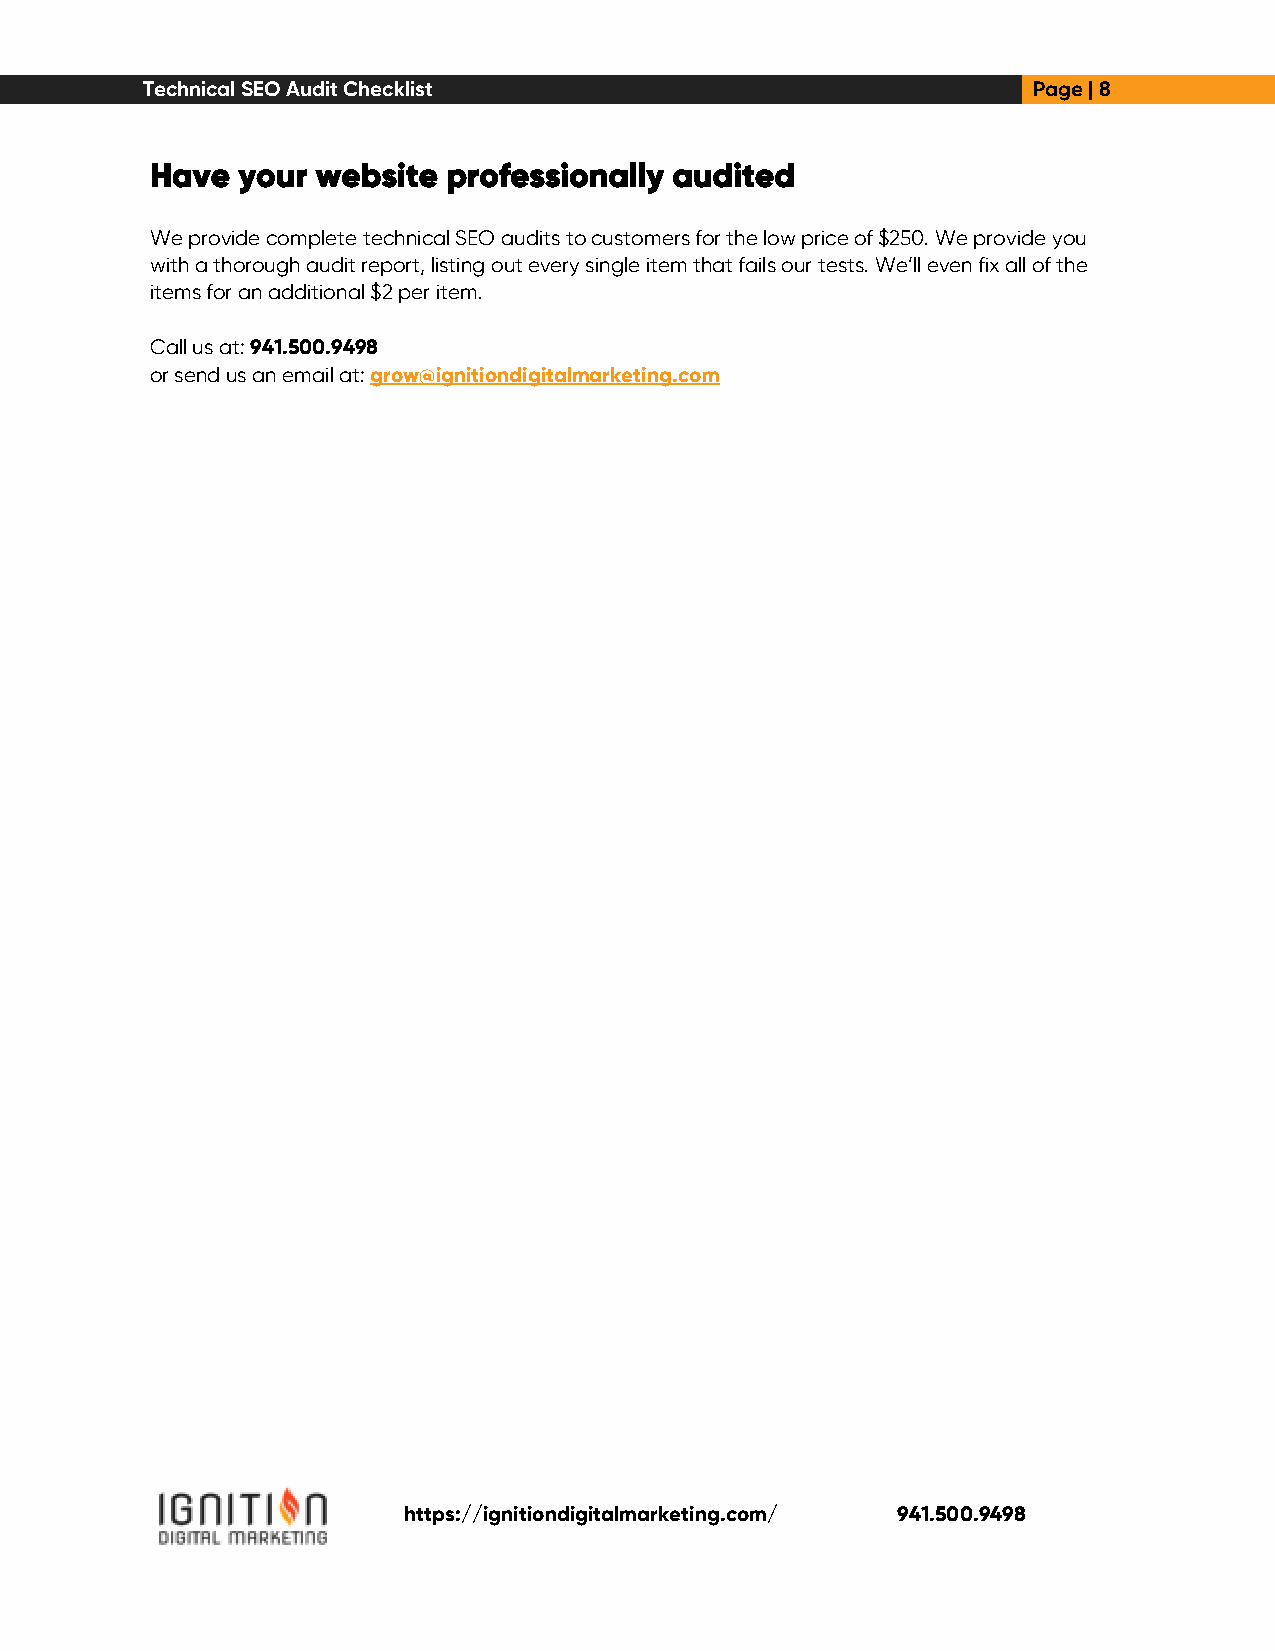
Technical SEO Audit Checklist                              Page | 8
 Have  your website  professionally audited
 We provide complete technical SEO audits to customers for the low price of $250. We provide you
 with a thorough audit report, listing out every single item that fails our tests. We’ll even fix all of the
 items for an additional $2 per item.
 Call us at: 941.500.9498
 or send us an email at: grow@ignitiondigitalmarketing.com
 https://ignitiondigitalmarketing.com/ 941.500.9498